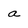
Character: a